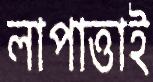
লাপাত্তাই